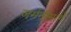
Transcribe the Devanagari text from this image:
जर्मनीमार्गे